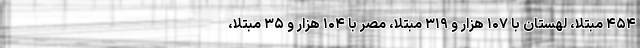
۴۵۴ مبتلا، لهستان با ۱۰۷ هزار و ۳۱۹ مبتلا، مصر با ۱۰۴ هزار و ۳۵ مبتلا،